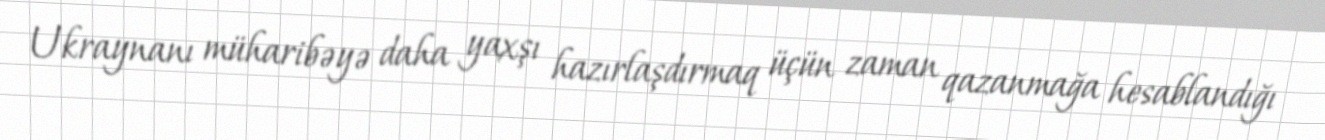
Ukraynanı müharibəyə daha yaxşı hazırlaşdırmaq üçün zaman qazanmağa hesablandığı